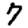
Digit: 7